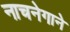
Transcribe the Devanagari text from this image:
नाचनेगाने